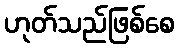
ဟုတ်သည်ဖြစ်စေ